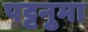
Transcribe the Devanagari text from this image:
पट्टनुमा